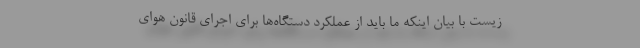
زیست با بیان اینکه ما باید از عملکرد دستگاه‌ها برای اجرای قانون هوای